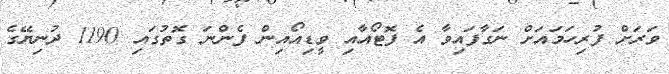
ވަރަށް ފުރިހަމައަށް ނަގާފައިވާ އެ ފޮޓޯއާއި ވީޑިއޯއިން ފެންނަ ގޮތުގައި 1190 ދުނިޔޭގެ